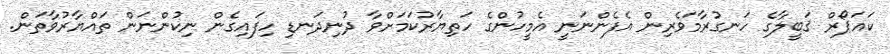
ކައަޕޯރް ޤަބީލާގެ ހަނގުރާމަވެރިން އެފެންނަނީ އެމީހުންގެ ހަތިޔާރުކަމަށްވާ ދުނިދަނޑި ހިފައިގެން ނިކުންނަން ތައްޔާރުވާތަން.